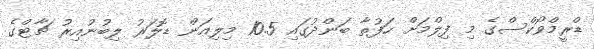
ޑްރީމްވޯކްސްގެ މި ފިލްމަށް ހަފުތާ ބަންދުގައި 10.5 މިލިއަން ޑޮލަރު ލިބުނުއިރު ޗާޓްގެ